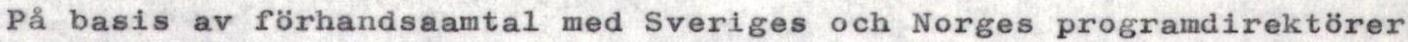
På basis av förhandsaamtal med Sveriges och Norges programdirektörer